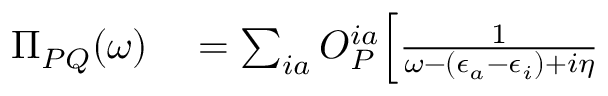
\begin{array} { r l } { \Pi _ { P Q } ( \omega ) } & { { } = \sum _ { i a } O _ { P } ^ { i a } \Bigl [ \frac { 1 } { \omega - ( \epsilon _ { a } - \epsilon _ { i } ) + i \eta } } \end{array}